Mental hospitals Bombay report 1921-28 - 1921-1928
Year: 1921
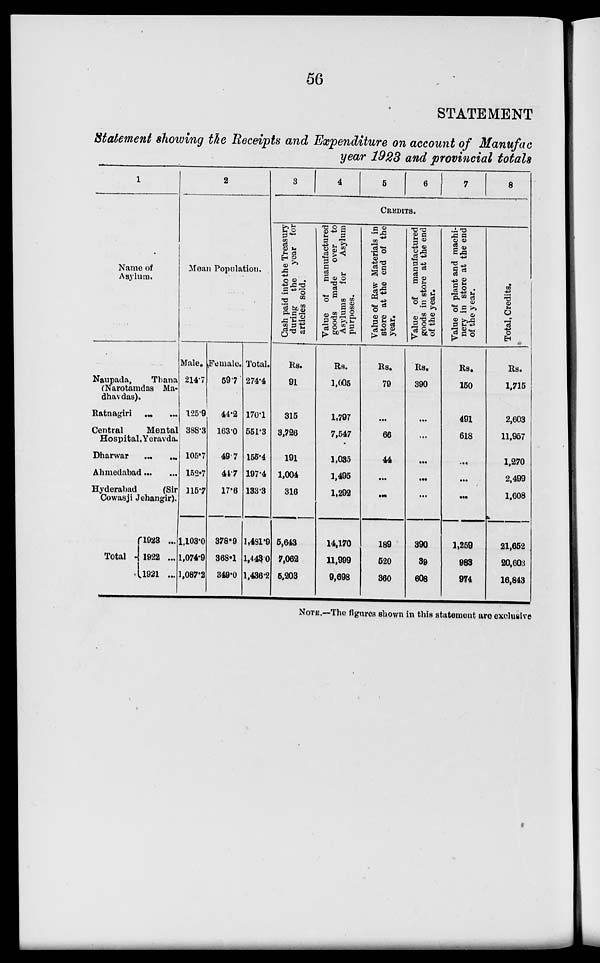
56
STATEMENT
Statement showing the Receipts and Expenditure on account of Manufac
year 1923 and provincial totals
1
Name of
Asylum.
Naupada,
Thana
(Narotamdas Madhavdas).
Ratnagiri ... ...
Central
Mental
Hospital, Yeravda.
Dharwar ... ...
Ahmedabad ... ...
Hyderabad
(Sir
Cowasji Jehangir).
Total
1923 ...
1922 ...
1921 ...
2
Mean Population.
Male.
214.7
125.9
388.3
105.7
152.7
115.7
1,103.0
1,074.9
1,087.2
Female.
59.7
44.2
163.0
49.7
44.7
17.6
378.9
368.1
349.0
Total.
274.4
170.1
551.3
155.4
197.4
133.3
1,491.9
1,443.0
1,436.2
3
4
5
6
7
8
CREDITS.
Cash paid into the Treasury
during the year for
articles sold.
Rs.
91
315
3,726
191
1,004
316
5,643
7,062
5,203
Value of manufactured
goods made over to
Asylums for
Asylum
purposes.
Rs.
1,005
1,797
7,547
1,035
1,495
1,292
14,170
11,999
9,698
Value of Raw Materials in
store at the end of the
year.
Rs.
79
...
66
44
...
...
189
520
360
Value of manufactured
goods in store at the end
of the year.
Rs.
390
...
...
...
...
...
390
39
608
Value of plant and machi-
nery in store at the end
of the year.
Rs.
150
491
618
...
...
...
1,259
983
974
Total, Credits.
Rs.
1,715
2,603
11,957
1,270
2,499
1,608
21,652
20,603
16,843
NOTE.—The figures shown in this statement are exclusive